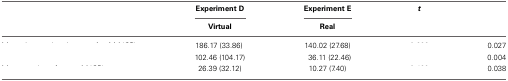
<table><thead><tr><td>[EMPTY_CELL]</td><td><b>Experiment D</b></td><td><b>Experiment E</b></td><td><b><i>t</i></b></td><td>[EMPTY_CELL]</td></tr><tr><td>[EMPTY_CELL]</td><td><b>Virtual</b></td><td><b>Real</b></td><td>[EMPTY_CELL]</td><td>[EMPTY_CELL]</td></tr></thead><tbody><tr><td>[EMPTY_CELL]</td><td>186.17 (33.86)</td><td>140.02 (27.68)</td><td>[EMPTY_CELL]</td><td>0.027</td></tr><tr><td>[EMPTY_CELL]</td><td>102.46 (104.17)</td><td>36.11 (22.46)</td><td>[EMPTY_CELL]</td><td>0.004</td></tr><tr><td>[EMPTY_CELL]</td><td>26.39 (32.12)</td><td>10.27 (7.40)</td><td>[EMPTY_CELL]</td><td>0.038</td></tr></tbody></table>